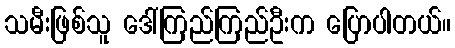
သမီးဖြစ်သူ ဒေါ်ကြည်ကြည်ဦးက ပြောပါတယ်။